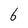
Character: 6